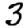
Digit: 3